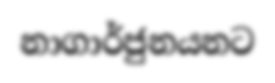
නාගාර්ජුනයනට